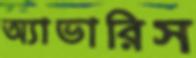
অ্যাভারিস